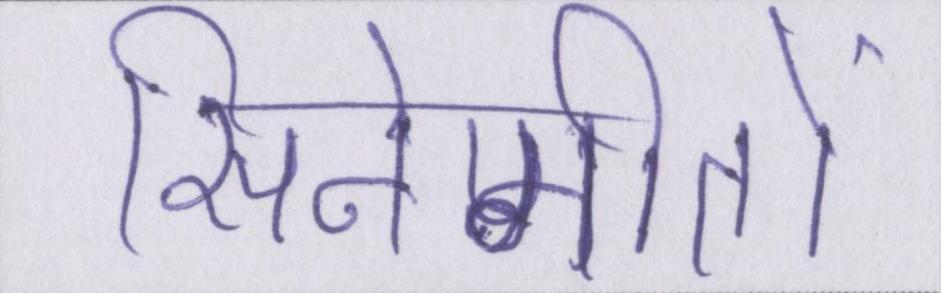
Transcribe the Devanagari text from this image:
सिनेगीतों